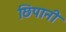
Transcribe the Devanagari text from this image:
छिपानी